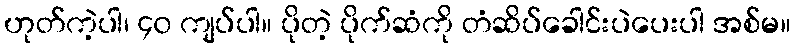
ဟုတ်ကဲ့ပါ၊ ၄၀ ကျပ်ပါ။ ပိုတဲ့ ပိုက်ဆံကို တံဆိပ်ခေါင်းပဲပေးပါ အစ်မ။